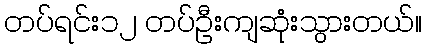
တပ်ရင်း၁၂ တပ်ဦးကျဆုံးသွားတယ်။